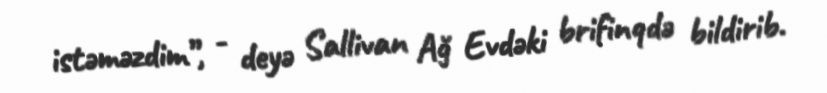
istəməzdim”, - deyə Sallivan Ağ Evdəki brifinqdə bildirib.